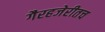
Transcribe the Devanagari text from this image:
गैरहजेरीतच